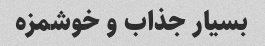
بسیار جذاب و خوشمزه